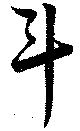
斗